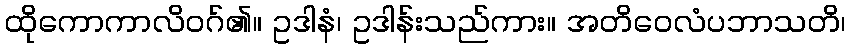
ထိုကောကာလိဝဂ်၏။ ဥဒါနံ၊ ဥဒါန်းသည်ကား။ အတိဝေလံပဘာသတိ၊